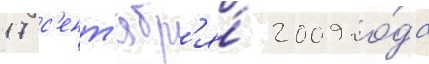
17 с'ент'ябр'я́ 2009 го́да